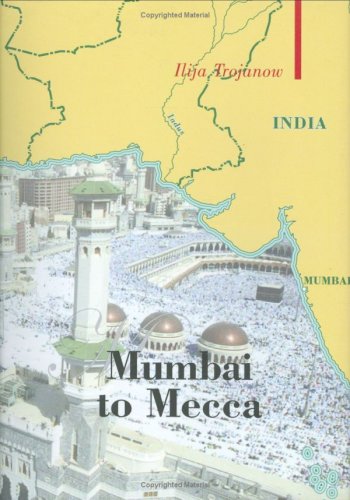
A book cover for Mumbai To Mecca: A Pilgrimage to the Holy Sites of Islam; Ilija Trojanow; Travel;